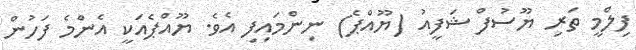
ފިލްމީ ތަރި ޔޫސުފް ޝަފީއު (ޔޫއްޕެ) ނިންމައިފި އެވެ. ޔޫއްޕެއަކީ އެންމެ ފަހުން